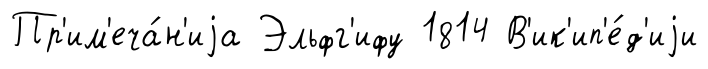
Пр'им'еча́н'иjа Эльфг'ифу 1814 В'ик'ип'е́д'иjи